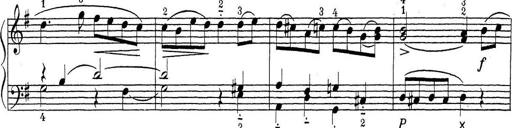
Title: ÄŒeskÃ© Sonatiny
Composer: Various